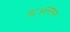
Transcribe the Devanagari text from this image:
१८५६नंतर